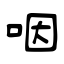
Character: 咽